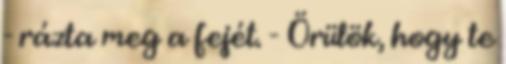
- rázta meg a fejét. - Örülök, hogy te